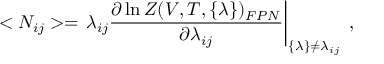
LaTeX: < N _ { i j } > = \left. \lambda _ { i j } \frac { \partial \ln Z ( V , T , \{ \lambda \} ) _ { F P N } } { \partial \lambda _ { i j } } \right| _ { \{ \lambda \} \neq \lambda _ { i j } } \; ,